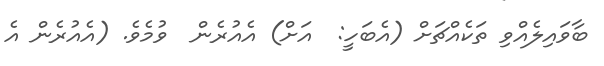
ބާވައިލެއްވި ތަކެއްޗަށް (އެބަހީ:  އަށް) އެއުރެން  ވުމެވެ. (އެއުރެން އެ